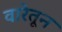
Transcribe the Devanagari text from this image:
वारेतून